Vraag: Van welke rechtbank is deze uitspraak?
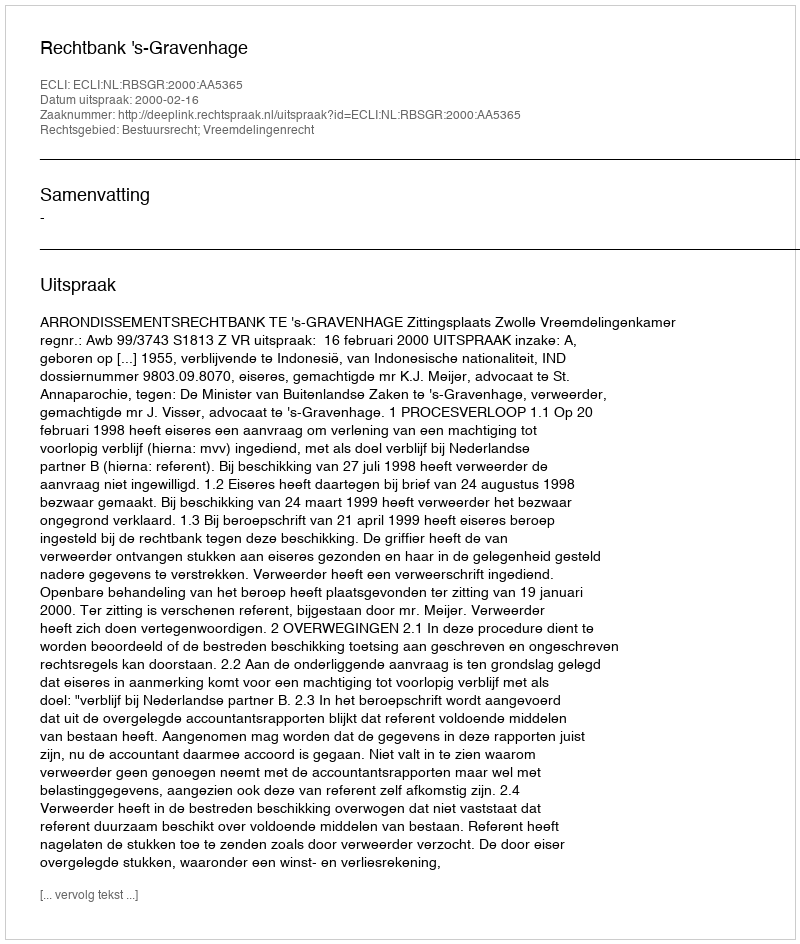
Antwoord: Rechtbank 's-Gravenhage